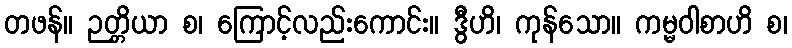
တဖန်။ ဉတ္တိယာ စ၊ ကြောင့်လည်းကောင်း။ ဒွီဟိ၊ ကုန်သော။ ကမ္မဝါစာဟိ စ၊